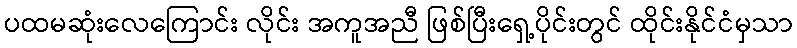
ပထမဆုံးလေကြောင်း လိုင်း အကူအညီ ဖြစ်ပြီးရှေ့ပိုင်းတွင် ထိုင်းနိုင်ငံမှသာ